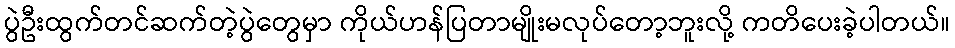
ပွဲဦးထွက်တင်ဆက်တဲ့ပွဲတွေမှာ ကိုယ်ဟန်ပြတာမျိုးမလုပ်တော့ဘူးလို့ ကတိပေးခဲ့ပါတယ်။